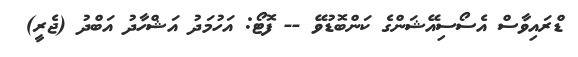
ޑްރައިވާސް އެސޯސިއޭޝަންގެ ކަންބޮޑުވޭ -- ފޮޓޯ: އަހުމަދު އަޝްހާދު އަބްދު (ޖެރީ)